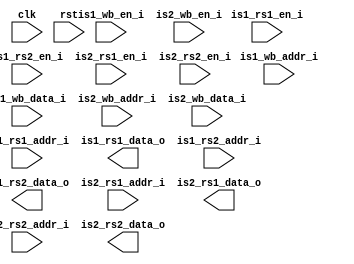

module mi_regfile #(
    parameter REG_DW    = 32,
    parameter REG_AW    = 5
)(
    input                       clk,
    input                       rst,

    input                       is1_wb_en_i,
    input       [REG_AW-1:0]    is1_wb_addr_i,
    input       [REG_DW-1:0]    is1_wb_data_i,
    input                       is1_rs1_en_i,
    input       [REG_AW-1:0]    is1_rs1_addr_i,
    output reg  [REG_DW-1:0]    is1_rs1_data_o,
    input                       is1_rs2_en_i,
    input       [REG_AW-1:0]    is1_rs2_addr_i,
    output reg  [REG_DW-1:0]    is1_rs2_data_o,

    input                       is2_wb_en_i,
    input       [REG_AW-1:0]    is2_wb_addr_i,
    input       [REG_DW-1:0]    is2_wb_data_i,
    input                       is2_rs1_en_i,
    input       [REG_AW-1:0]    is2_rs1_addr_i,
    output reg  [REG_DW-1:0]    is2_rs1_data_o,
    input                       is2_rs2_en_i,
    input       [REG_AW-1:0]    is2_rs2_addr_i,
    output reg  [REG_DW-1:0]    is2_rs2_data_o
);


endmodule